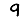
Digit: 9